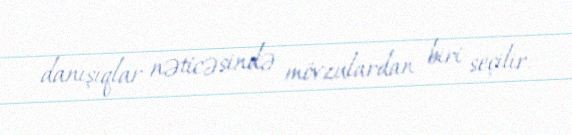
danışıqlar nəticəsində mövzulardan biri seçilir.